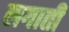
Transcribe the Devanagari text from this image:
लगातीं